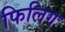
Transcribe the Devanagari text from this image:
फिलिग